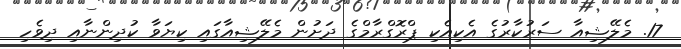
17. މެލޭޝިއާ ސަރުކާރުގެ އެކިއެކި ޕްރޮގްރާމްގެ ދަށުން މެލޭޝިއާގައި ކިޔަވާ ކުދިންނާއި ދިވެހި